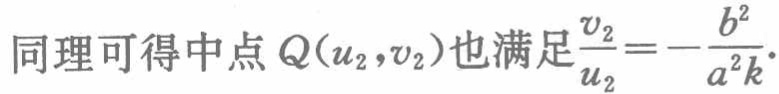
同理可得中点 \(Q(u_{2},v_{2})\)也满足\(\frac{v_{2}}{u_{2}} = -\frac{b^{2}}{a^{2}k}\).